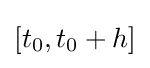
[t_{0},t_{0}+h]